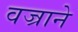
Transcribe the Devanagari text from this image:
वज्राने